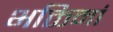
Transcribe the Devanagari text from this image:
भक्तिमां